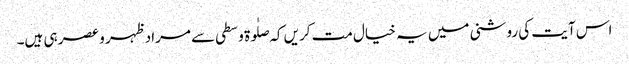
اس آیت کی روشنی میں یہ خیال مت کریں کہ صلٰوۃ وسطی سے مراد ظہر و عصر ہی ہیں۔